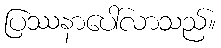
ပြဿနာပေါ်လာသည်။